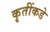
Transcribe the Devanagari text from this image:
कृतींकडे